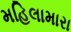
મહિલામારા